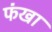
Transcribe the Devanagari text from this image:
फंखा